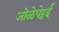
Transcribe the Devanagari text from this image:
जोळेपेट्टई